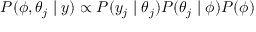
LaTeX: P ( \phi , \theta _ { j } \mid y ) \propto P ( y _ { j } \mid \theta _ { j } ) P ( \theta _ { j } \mid \phi ) P ( \phi )